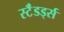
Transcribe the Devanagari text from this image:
स्टॅंडर्ड्स